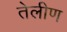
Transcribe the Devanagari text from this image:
तेलीण